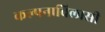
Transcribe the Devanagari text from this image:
कल्पनाविलासी